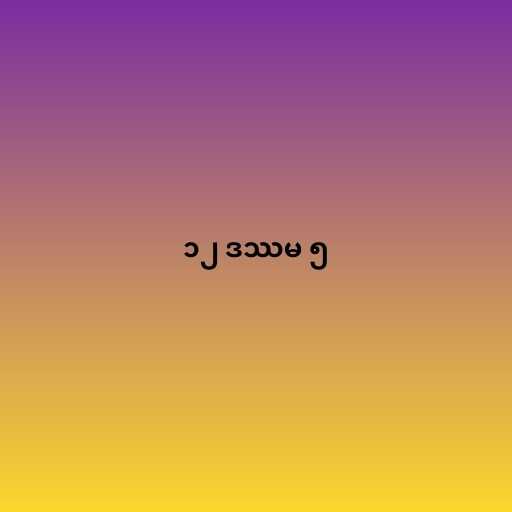
၁၂ ဒဿမ ၅